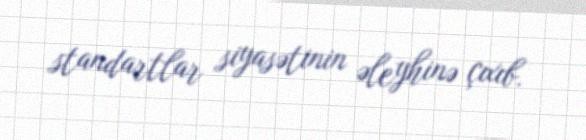
standartlar siyasətinin əleyhinə çıxıb.